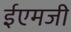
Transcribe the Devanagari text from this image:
ईएमजी